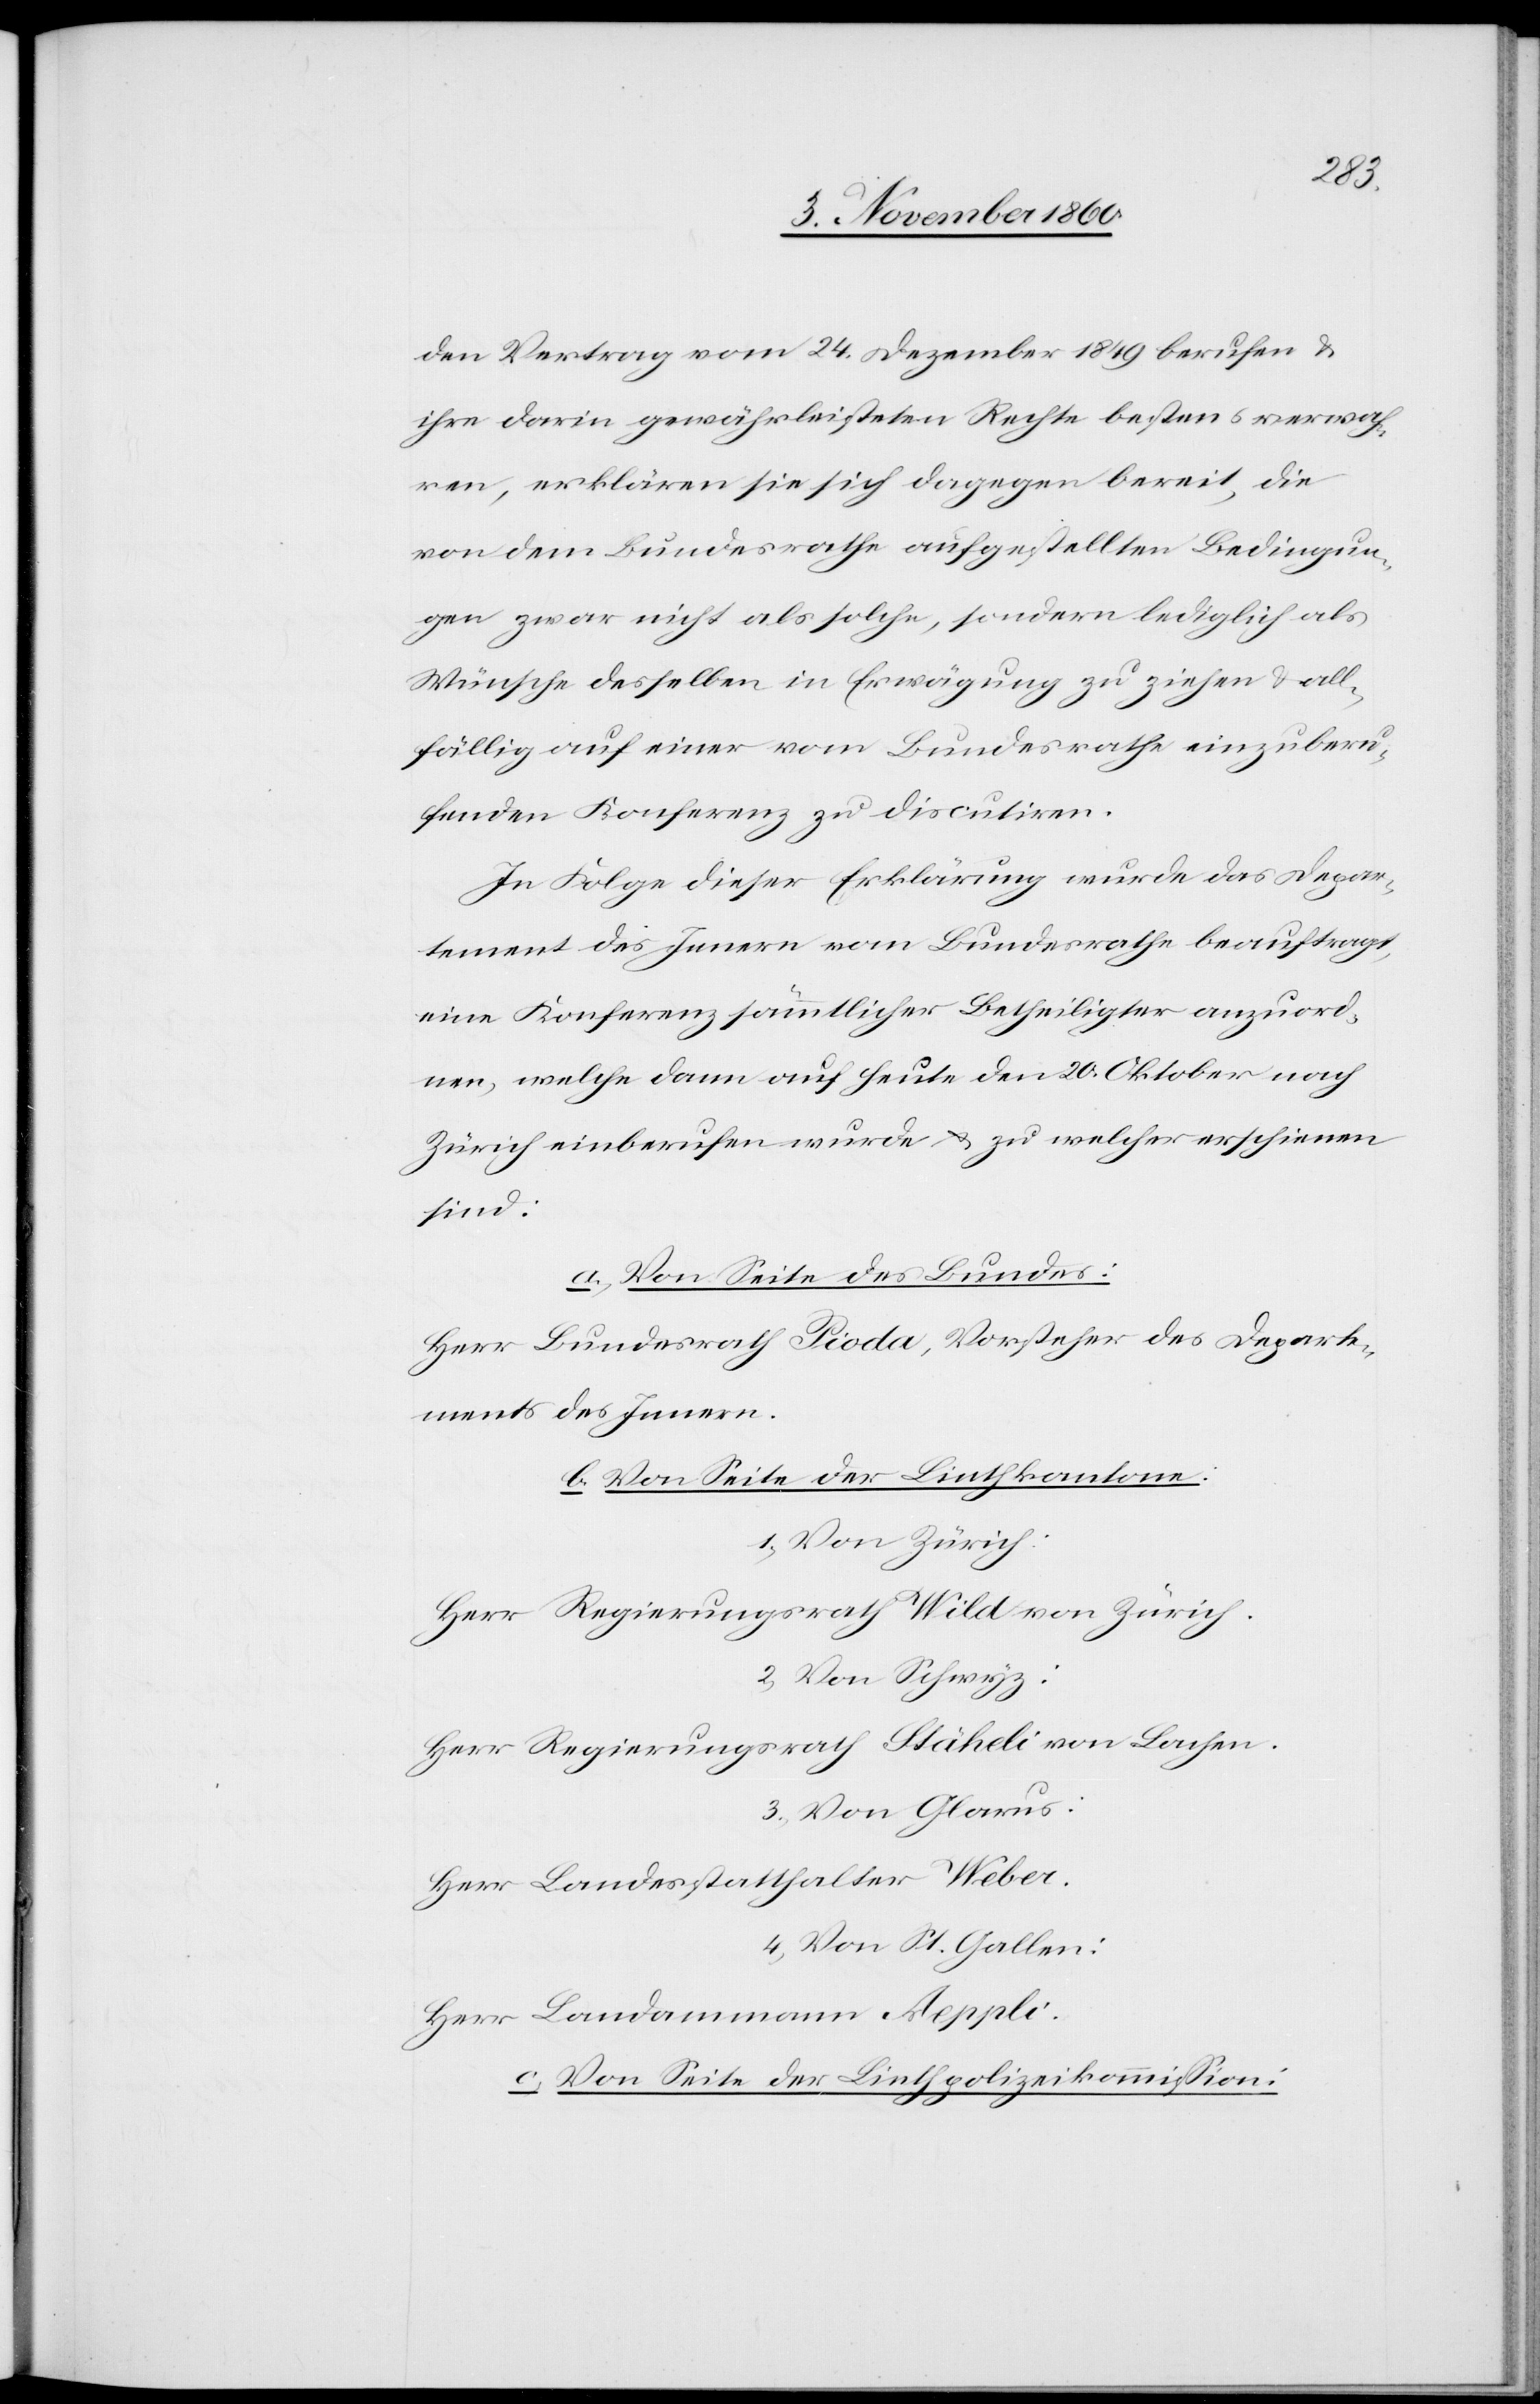
den Vertrag vom 24. Dezember 1849 berufen u.
ihre darin gewährleisteten Rechte bestens verwah¬
ren, erklären sie sich dagegen bereit, die
von dem Bundesrathe aufgestellten Bedingun¬
gen zwar nicht als solche, sondern lediglich als
Wünsche desselben in Erwägung zu ziehen u. all¬
fällig auf einer vom Bundesrathe einzuberu¬
fenden Konferenz zu discutiren.
In Folge dieser Erklärung wurde das Depar¬
tement des Innern vom Bundesrathe beauftragt,
eine Konferenz sämmtlicher Betheiligter anzuord¬
nen, welche dann auf heute den 20. Oktober nach
Zürich einberufen wurde u. zu welcher erschienen
sind:
a. Von Seite des Bundes:
Herr Bundesrath Pioda, Vorsteher des Departe¬
ments des Innern.
b. Von Seite der Linthkantone:
1. Von Zürich:
Herr Regierungsrath Wild von Zürich
2. Von Schwyz:
Herr Regierungsrath Stäheli von Lachen.
3. Von Glarus:
Herr Landesstatthalter Weber.
4. Von St. Gallen:
Herr Landammann Aeppli.
c. Von Seite der Linthpolizeikommission: